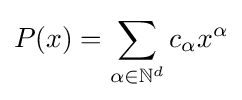
P(x)=\sum _{\alpha \in \mathbb {N} ^{d}}c_{\alpha }x^{\alpha }